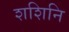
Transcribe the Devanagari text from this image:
शशिनि